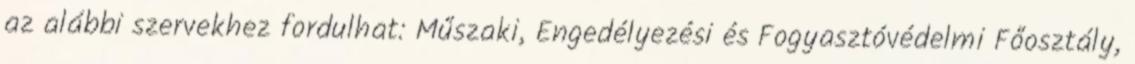
az alábbi szervekhez fordulhat: Műszaki, Engedélyezési és Fogyasztóvédelmi Főosztály,